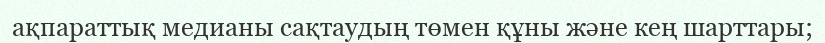
ақпараттық медианы сақтаудың төмен құны және кең шарттары;